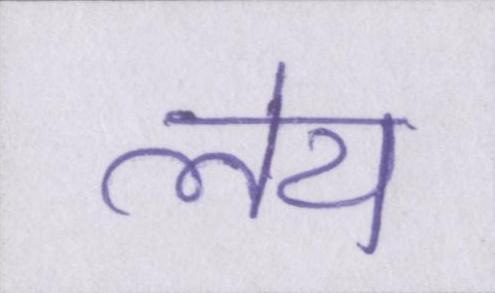
लेय